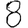
Digit: 8